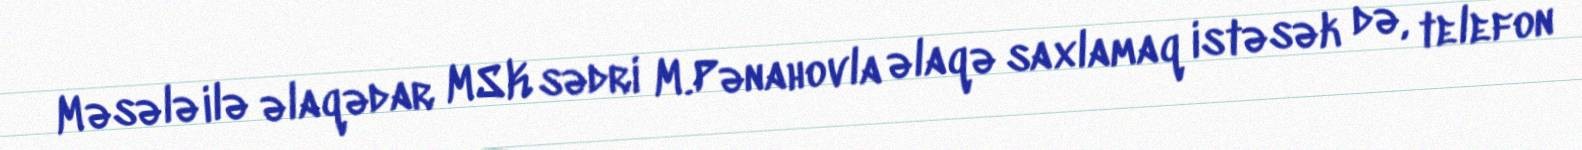
Məsələ ilə əlaqədar MSK sədri M.Pənahovla əlaqə saxlamaq istəsək də, telefon